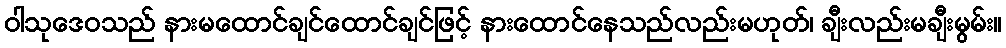
ဝါသုဒေဝသည် နားမထောင်ချင်ထောင်ချင်ဖြင့် နားထောင်နေသည်လည်းမဟုတ်၊ ချီးလည်းမချီးမွမ်း။